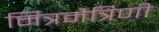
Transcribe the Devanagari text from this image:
मित्रमैत्रिणी